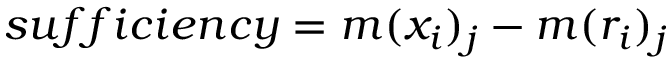
s u f f i c i e n c y = m ( { x } _ { i } ) _ { j } - m ( { r } _ { i } ) _ { j }